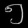
Digit: ၅